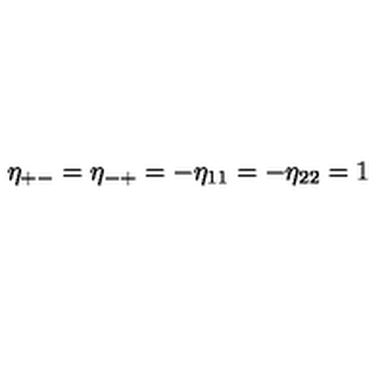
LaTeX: \eta _ { + - } = \eta _ { - + } = - \eta _ { 1 1 } = - \eta _ { 2 2 } = 1